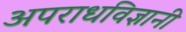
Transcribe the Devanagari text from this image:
अपराधविज्ञानी